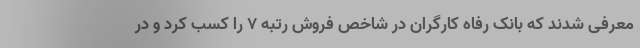
معرفی شدند که بانک رفاه کارگران در شاخص فروش رتبه 7 را کسب کرد و در